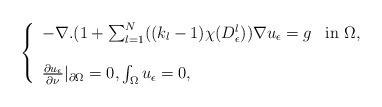
LaTeX: \begin{align*}\left\{ \begin{array}{ll}-\nabla. (1+ \sum_{l=1}^{N}((k_{l}-1)\chi(D_{\epsilon}^{l}))\nabla u_{\epsilon}= g & \textrm{in $\Omega$},\\\\\frac{\partial u_{\epsilon}}{\partial\nu}|_{\partial \Omega}=0, \int_{\Omega} u_{\epsilon}=0,\\\end{array} \right.\end{align*}